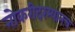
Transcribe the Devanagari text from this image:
नोकरीदरम्यानच